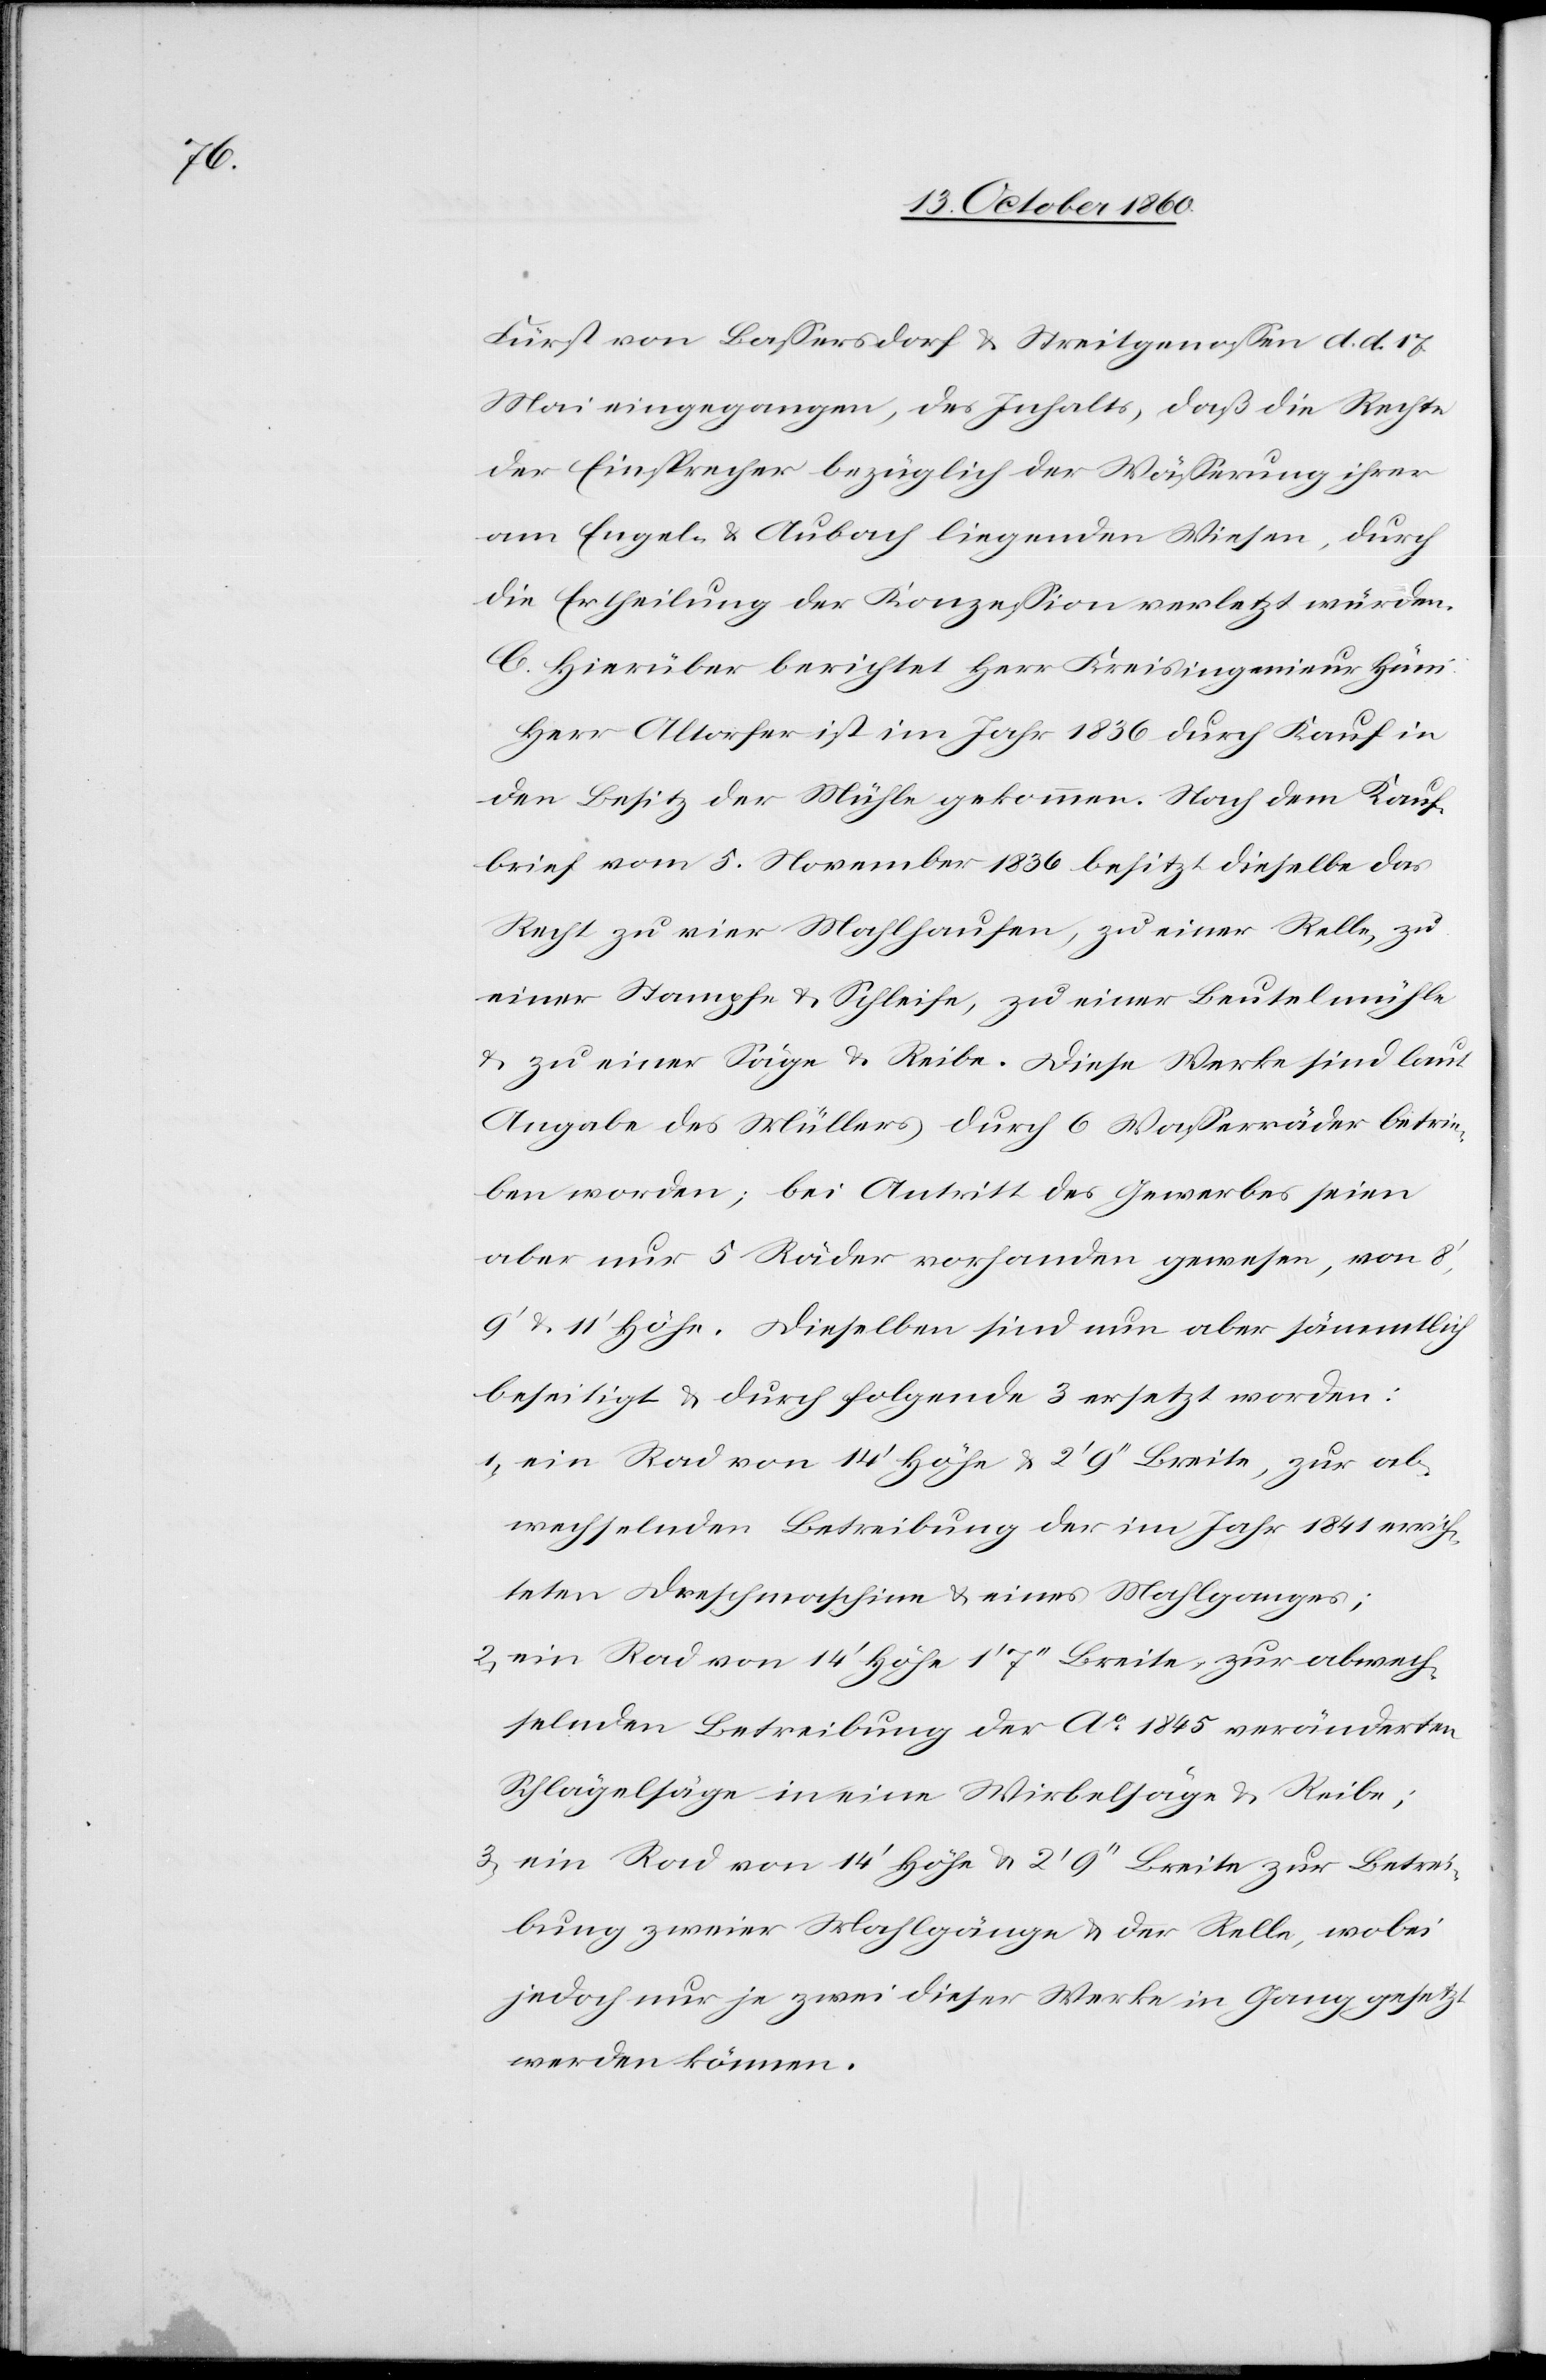
Fürst von Basserdorf & Streitgenossen d. d. 17.
Mai eingegangen, des Inhalts, daß die Rechte
der Einsprecher bezüglich der Wässerung ihrer
am Engel- & Aubach liegenden Wiesen, durch
die Erteilung der Konzession verletzt würden.
C. Hierüber berichtet Herr Kreisingenieur Hüni:
Herr Altorfer ist im Jahr 1836 durch Kauf in
den Besitz der Mühle gekommen. Nach dem Kauf¬
brief vom 5. November 1836 besitzt dieselbe das
Recht zu vier Mahlhaufen, zu einer Relle, zu
einer Stampfe & Schleife, zu einer Beutelmühle
& zu einer Säge & Reibe. Diese Werke sind laut
Angabe des Müllers durch 6 Wasserräder betrie¬
ben worden; bei Antritt des Gewerbes seien
aber nur 5 Räder vorhanden gewesen, von 8‘,
9‘ & 11‘ Höhe. Dieselben sind nun aber sämmtlich
beseitigt & durch folgende 3 ersetzt worden:
1.) ein Rad von 14‘ Höhe & 2‘ 9‘‘ Breite, zur ab¬
wechselnden Betreibung der im Jahr 1841 errich¬
teten Dreschmaschine & eines Mahlganges;
2.) ein Rad von 14‘ Höhe 1‘ 7‘‘ Breite, zur abwech¬
selnden Betreibung der Ao 1845 veränderten
Schlägelsäge in eine Wirbelsäge & Reibe;
3.) ein Rad von 14‘ Höhe 2‘ 9‘‘ Breite zur Betrei¬
bung zweier Mahlgänge & der Relle, wobei
jedoch nur je zwei dieser Werke in Gang gesetzt
werden können.